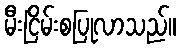
မီးငြိမ်းစပြုလာသည်။